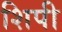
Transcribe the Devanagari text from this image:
शिपी